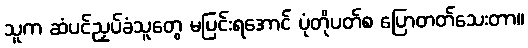
သူက ဆံပင်ညှပ်ခံသူတွေ မပြင်းရအောင် ပုံတိုပတ်စ ပြောတတ်သေးတာ။